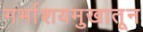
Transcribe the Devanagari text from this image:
गर्भाशयमुखातून